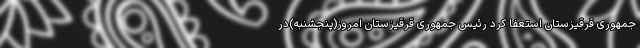
جمهوری قرقیزستان استعفا کرد رئیس جمهوری قرقیزستان امروز(پنجشنبه)در